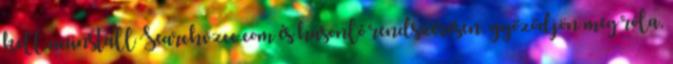
kell uninstall Searchvzcc.com és hasonló rendszeresen, győződjön meg róla,